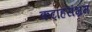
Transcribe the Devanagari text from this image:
कटाहसंभ्रम